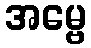
အမ္ဗေ